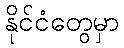
နိုင်ငံတွေမှာ